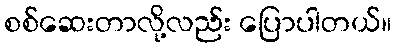
စစ်ဆေးတာလို့လည်း ပြောပါတယ်။